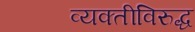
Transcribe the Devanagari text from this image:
व्यक्तीविरुद्ध